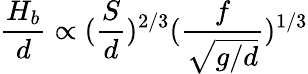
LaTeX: \frac{H_{b}}{d}\propto(\frac{S}{d})^{2/3}(\frac{f}{\sqrt{g/d}})^{1/3}